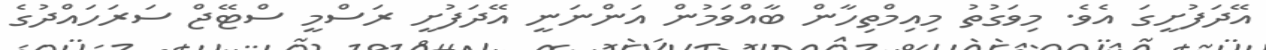
އޭދަފުށީގަ އެވެ. މިވަގުތު މިއިމްތިހާން ބާއްވަމުން އަންނަނީ އޭދަފުށީ ރަސްމީ ސްޓޭޖް ސަރަހައްދުގެ